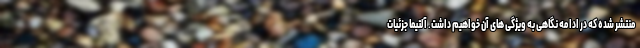
منتشر شده که در ادامه نگاهی به ویژگی های آن خواهیم داشت. آلتیما جزئیات